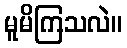
မူမိကြသလဲ။